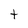
Character: h